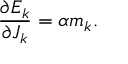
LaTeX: \frac { \partial E _ { k } } { \partial J _ { k } } = \alpha m _ { k } .